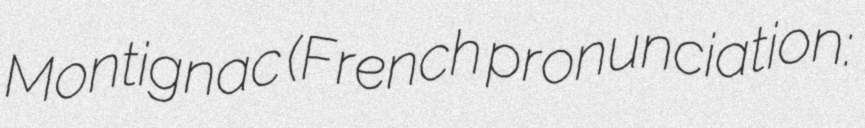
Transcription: Montignac (French pronunciation: